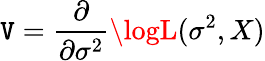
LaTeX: \mathtt{V}={\frac{{\partial}}{{\partial\sigma^{2}}}}\logL(\sigma^{2},X)